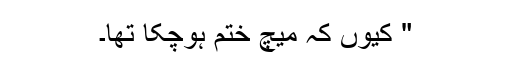
" کیوں کہ میچ ختم ہوچکا تھا۔